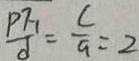
\frac { P F _ { 1 } } { d } = \frac { c } { a } = 2